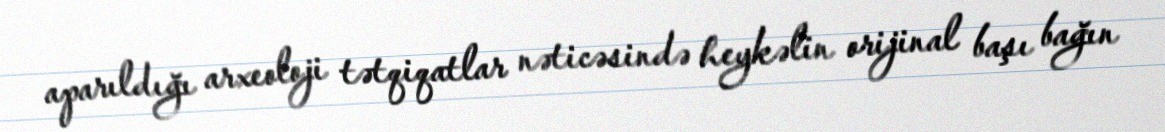
aparıldığı arxeoloji tətqiqatlar nəticəsində heykəlin orijinal başı bağın